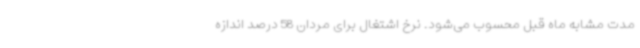
مدت مشابه ماه قبل محسوب می‌شود. نرخ اشتغال برای مردان 58 درصد اندازه